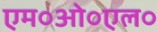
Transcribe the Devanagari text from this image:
एम०ओ०एल०